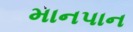
માનપાન